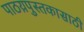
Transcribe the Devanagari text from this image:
पाठय़पुस्तकासाठी